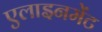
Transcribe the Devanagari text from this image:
एलाइनमेंट